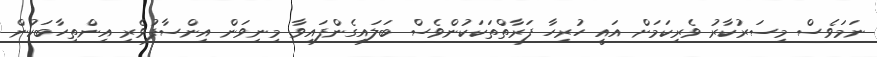
ނަމަވެސް މިސަރުކާރު ވެރިކަމަށް އައީ ހުރިހާ ފަރާތްތަކަކުންވެސް ބަލައިގެންފައިވާ މިނިވަން އިންސާފުވެރި އިންތިހާބަކުން